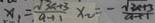
x _ { 1 } = \frac { \sqrt { 3 } c + 3 } { a - 1 1 } x _ { 2 } = - \frac { \sqrt { 3 x + 3 } } { a + 1 }